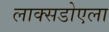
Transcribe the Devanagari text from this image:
लाक्सडोएला